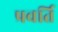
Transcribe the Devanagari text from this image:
प्रवर्ति